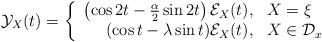
LaTeX: \begin{align*}\mathcal{Y}_X(t)=\left\{\begin{array}{rl}\left(\cos 2t-\frac{\alpha}2\sin 2t\right)\mathcal{E}_X(t), & X=\xi \\ (\cos t-\lambda\sin t)\mathcal{E}_X(t), & X\in\mathcal{D}_x\end{array}\right.\end{align*}